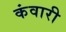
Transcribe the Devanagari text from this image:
कंवारी